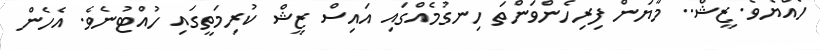
ހެއްޔެވެ. ޒީޝް.. މާޔަން ފިރިހެންވަންތަ ހިނގުމެއްގައި އައިސް ޒީޝް ކުރިމަތީގައި ހުއްޓުނެވެ. އެހެން